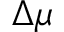
\Delta \mu